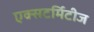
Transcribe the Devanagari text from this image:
एक्सटर्मिटीज